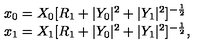
\begin{array} { l c r } { x _ { 0 } = X _ { 0 } [ R _ { 1 } + | Y _ { 0 } | ^ { 2 } + | Y _ { 1 } | ^ { 2 } ] ^ { - { \frac { 1 } { 2 } } } } \\ { x _ { 1 } = X _ { 1 } [ R _ { 1 } + | Y _ { 0 } | ^ { 2 } + | Y _ { 1 } | ^ { 2 } ] ^ { - { \frac { 1 } { 2 } } } , } \\ \end{array}